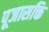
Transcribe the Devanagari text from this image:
पूजासक्ति